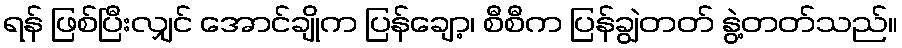
ရန် ဖြစ်ပြီးလျှင် အောင်ချိုက ပြန်ချော့၊ စီစီက ပြန်ချွဲတတ် နွဲ့တတ်သည်။